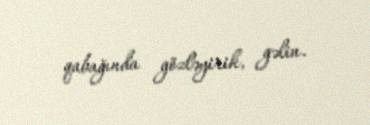
qabağında gözləyirik, gəlin.